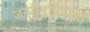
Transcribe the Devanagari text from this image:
जन्मभूमिवालों